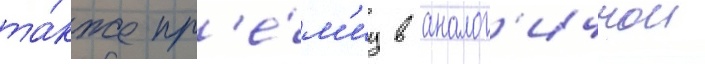
та́кже пр'е́м'иу в аналог'ичнои